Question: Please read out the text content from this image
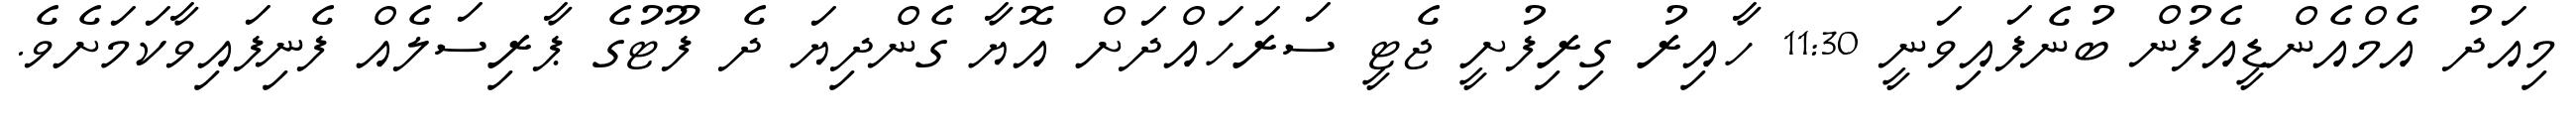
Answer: މިއަދު އެމްއެންޑީއެފުން ބުނެފައިވަނީ 11:30 ހާއިރު ގިރިފުށީ ޖެޓީ ސަރަހައްދަށް އޮޔާ ގެންދިޔަ ދެ ފޫޓުގެ ޕާރިސަލެއް ފެނިފައިވާކަމަށެވެ.